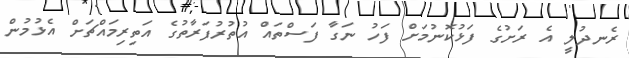
ރެނދުލީ އެ ރަށުގެ ފަޅުކޮނުމަށް ފަހު ނަގާ ފަސްތައް އުތުރުފަރާތުގެ އަތިރިމައްޗަށް އެޅުމުން